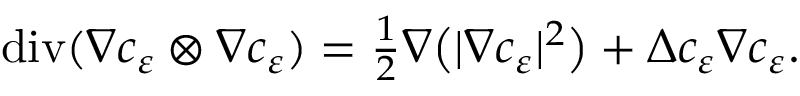
\begin{array} { r } { \operatorname { d i v } ( \nabla c _ { \varepsilon } \otimes \nabla c _ { \varepsilon } ) = \frac { 1 } { 2 } \nabla \big ( | \nabla c _ { \varepsilon } | ^ { 2 } \big ) + \Delta c _ { \varepsilon } \nabla c _ { \varepsilon } . } \end{array}